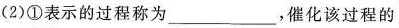
(2)①表示的过程称为___，催化该过程的